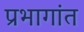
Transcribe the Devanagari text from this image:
प्रभागांत